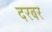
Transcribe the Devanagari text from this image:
दरबर